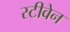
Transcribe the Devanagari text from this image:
स्‍टीवेन